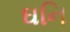
ઘનિ